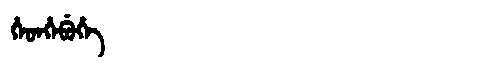
Manchu: ᡥᡝᡨᡥᡝᠪᡠᡥᡝ
Romanization: HETHEBUHE